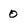
Character: 0